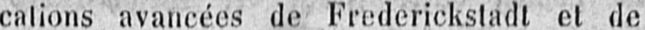
calions avancées de Frederickstadt et de